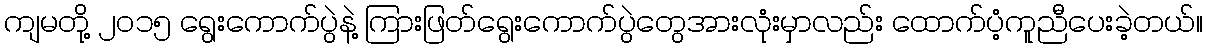
ကျမတို့ ၂၀၁၅ ရွေးကောက်ပွဲနဲ့ ကြားဖြတ်ရွေးကောက်ပွဲတွေအားလုံးမှာလည်း ထောက်ပံ့ကူညီပေးခဲ့တယ်။